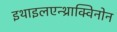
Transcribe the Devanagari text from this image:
इथाइलएन्थ्राक्विनोन